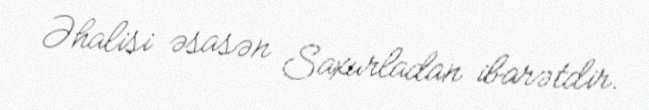
Əhalisi əsasən Saxurladan ibarətdir.